Problem: 47 + 18 = ?
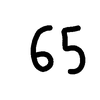
Handwritten answer: 65